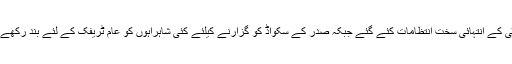
صدر مملکت کی لاہور آمد کے موقع پرسکیورٹی کے انتہائی سخت انتظامات کئے گئے جبکہ صدر کے سکواڈ کو گزارنے کیلئے کئی شاہراہوں کو عام ٹریفک کے لئے بند رکھے جانے کی وجہ سے ٹریفک کا نظام معطل رہا ۔